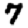
Digit: 7